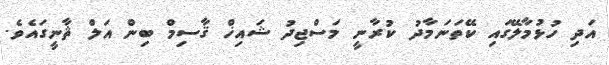
އަދި ހުޅުމާލޭގައި ކޭތަނަމާދު ކުރާނީ މަސްޖިދު ޝައިޚް ޤާސިމް ބިން އަލް ޘާނީގައެވެ.